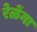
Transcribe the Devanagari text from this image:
रेळेंना